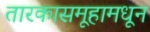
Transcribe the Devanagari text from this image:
तारकासमूहामधून